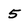
Character: 5